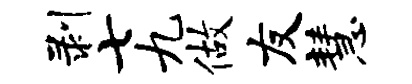
剥七九做友慧